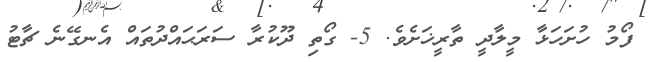
ފޯމު ހުށަހަޅާ މީލާދީ ތާރީޚަށެވެ. 5- ގޯތި ދޫކުރާ ސަރަޙައްދުތައް އެނގޭނެ ޗާޓު